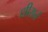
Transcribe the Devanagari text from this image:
धीरानं